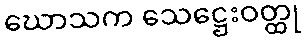
ဃောသက သေဋ္ဌေးဝတ္ထု